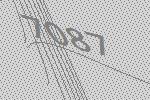
7087